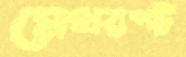
মেথরপট্টি